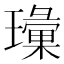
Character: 𱯲